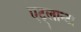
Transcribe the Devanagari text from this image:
एट्लान्टा